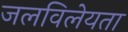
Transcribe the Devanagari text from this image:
जलविलेयता